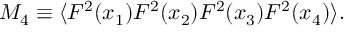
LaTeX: M _ { 4 } \equiv \langle F ^ { 2 } ( x _ { 1 } ) F ^ { 2 } ( x _ { 2 } ) F ^ { 2 } ( x _ { 3 } ) F ^ { 2 } ( x _ { 4 } ) \rangle .